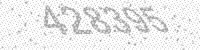
Solution: 428395